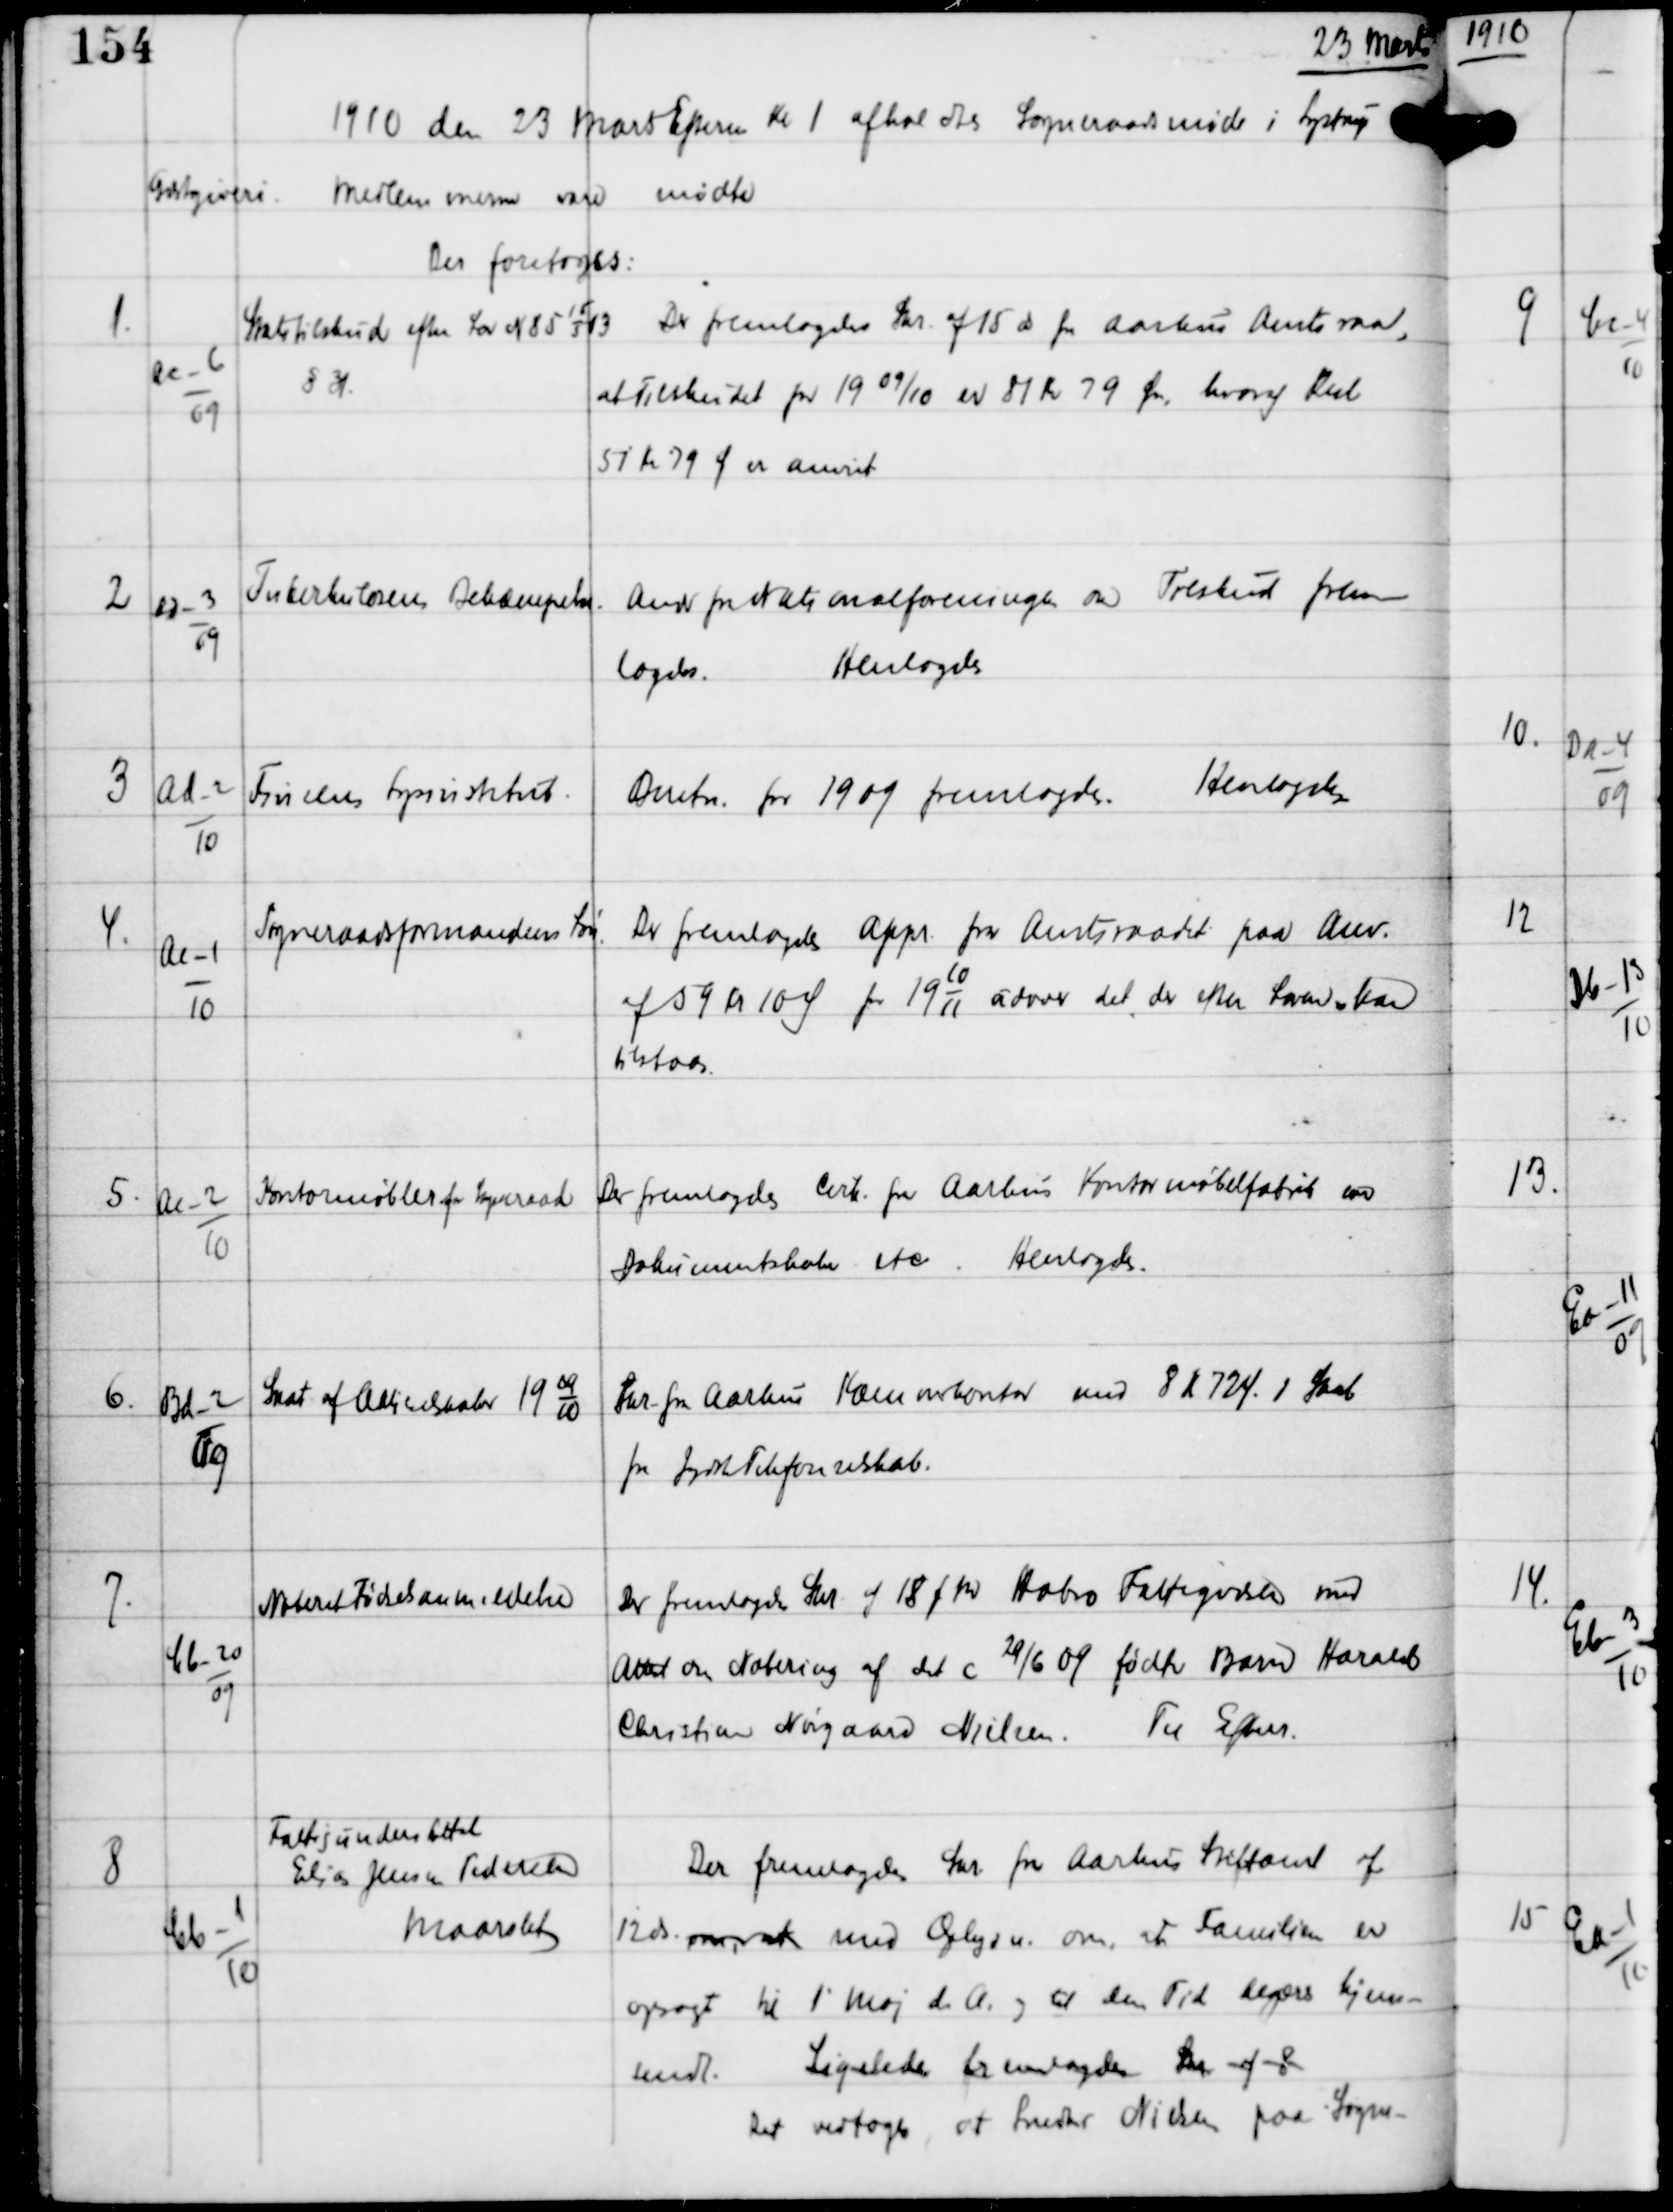
Transskription:
23 Marts

1910 den 23 Marts Efterm Kl 1 afholdtes Sogneraadsmøde i Lystrup
Gæstgiveri
Medlemmerne vare mødte

Der foretoges:

1.

Ac-6
09

Statstilskud efter Lov N 85
15
3
13

§ 31

Der fremlagdes Skr af 15 ds fra Aarhus Amtsraad,
at Tilskudet for 19 09/10 er 81 Kr 79 Øre hvoraf Rest
51 Kr 79 Ø er anvist.

2

Ad-3
09

Tuberkulosens Bekæmpelse.

Andr fra Nationalforeningen om Tilskud frem-
lagdes.
Henlagdes

3

Ad-2
10

Findsens Lysinstitut

Beretn for 1909 fremlagdes.
Henlagdes

4.

Ae-1
10

Sogneraadsformandens Løn

Der fremlagdes Appr fra Amtsraadet paa Anv.
af 59 Kr 10 Ø for 19
10
11
udover det der efter Loven er kan
tilstaas.

5.

Ae-2
10

Kontormøbler for Sogneraad

Der fremlagdes Cirk fra Aarhus Kontormøbelfabrik om
Dokumentskabe etc.
Henlagdes.

6.

Bd-2
09

Skat af Aktieselskaber 19
09
10

Skr fra Aarhus Kæmnerkontor med 8 Kr 72 Ø i Skat
fra Jydsk Telefonselskab.

7.

Cb-20
09

Noteret Fødselsanmeldelse

Der fremlagdes Skr af 18 f.M Hobro Fattigvæsen med
Attest om Notering af det c 29/6 09 fødte Barn Harald
Christian Nørgaard Nielsen.
Til Efterr

8

Cb-1
10

Fattigunderstøttede
Elias Jensen Pedersen
Maarslet

Der fremlagdes Skr fra Aarhus Stiftamt af
12 ds om,uds med Oplysn. om, at Familien er
opsagt til 1' Maj d.A og til den Tid begæres hjem-
sendt.
Ligeledes Fremlagdes Skr af 8
Det vedtoges, at Snedker Nielsen paa Sogne-